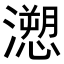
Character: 𭳏